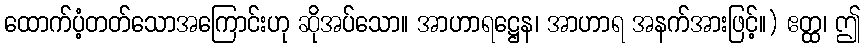
ထောက်ပံ့တတ်သောအကြောင်းဟု ဆိုအပ်သော။ အာဟာရဋ္ဌေန၊ အာဟာရ အနက်အားဖြင့်။) ဧတ္ထ၊ ဤ